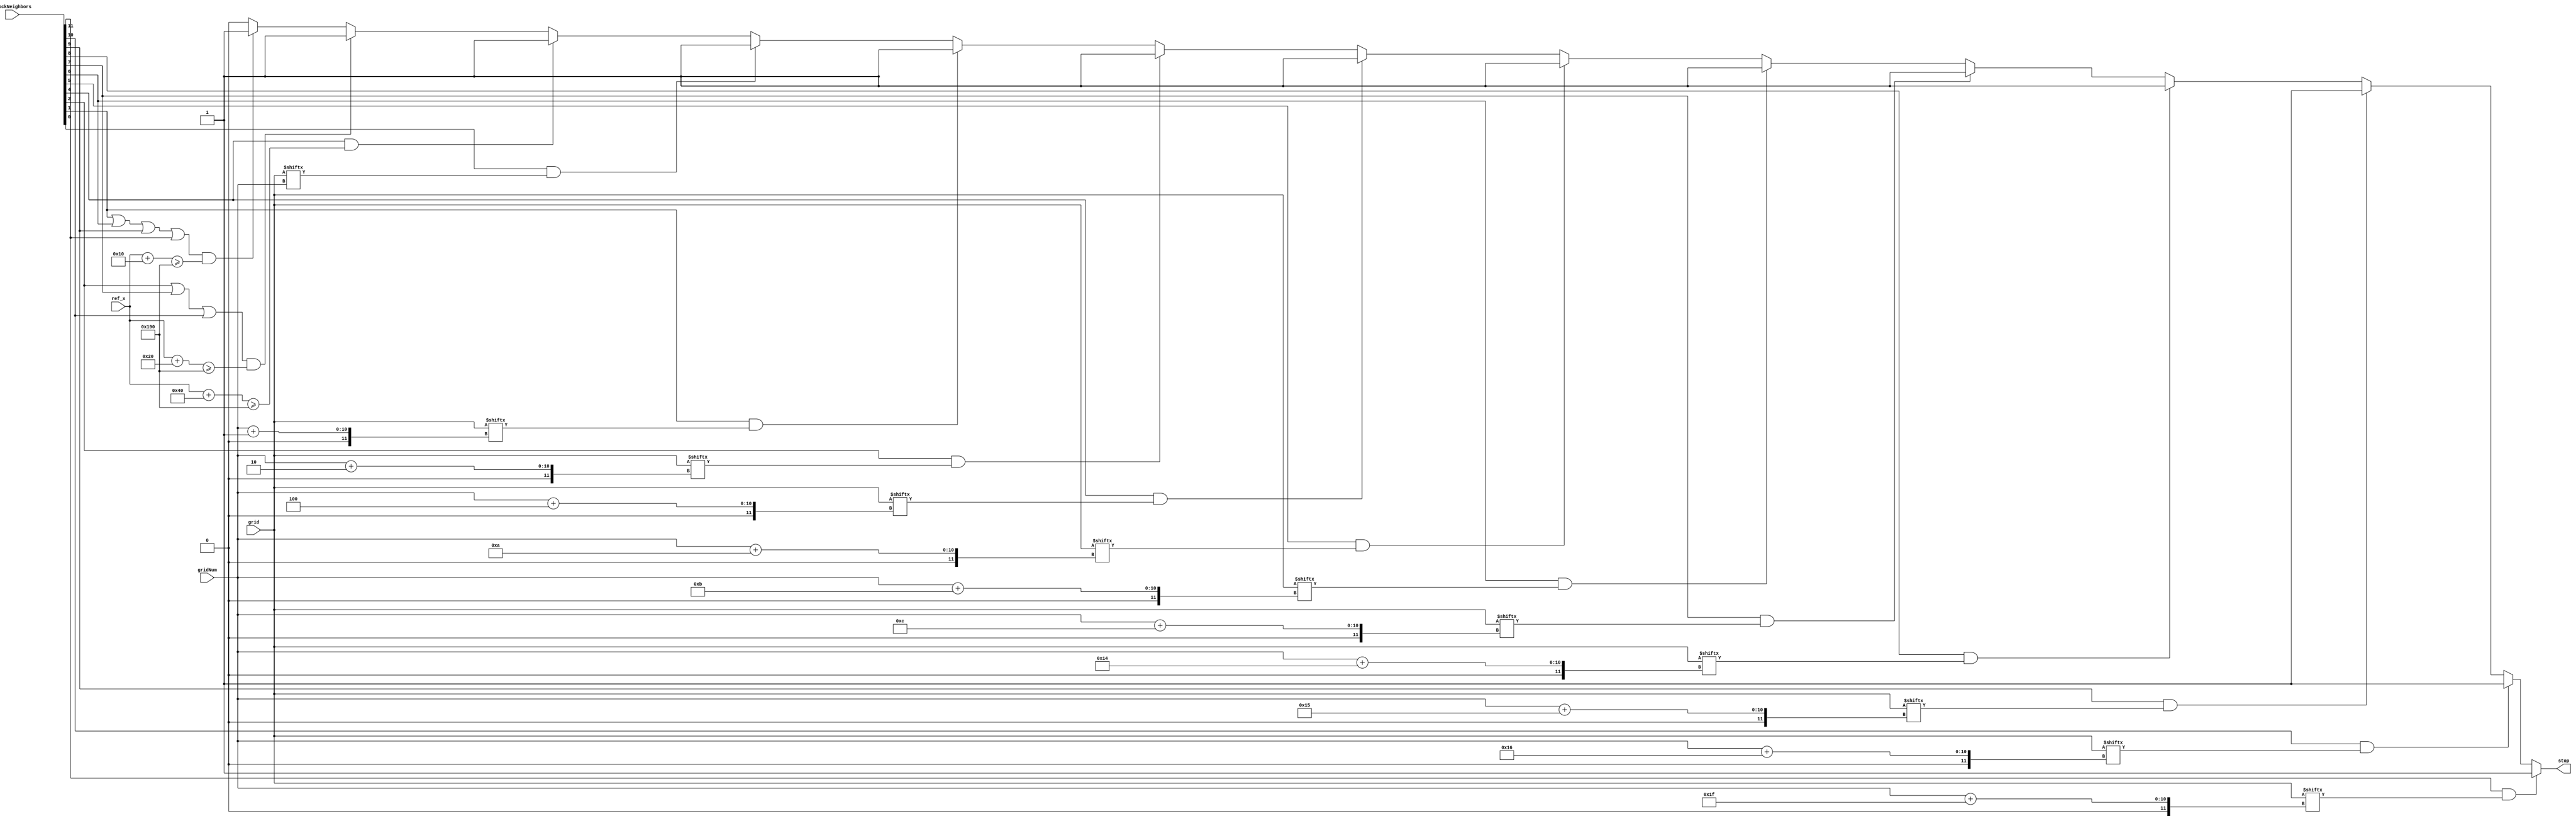
module stop_right(
    input  [11:0]  blockNeighbors,
    input  [9:0]   ref_x,
    input  [9:0]   gridNum,
    input  [299:0] grid,
    output reg stop
    );

    parameter size = 16;

    always@(*) begin
        if     (blockNeighbors[11] && grid[gridNum+31]) stop = 1;
        else if(blockNeighbors[10] && grid[gridNum+22]) stop = 1;
        else if(blockNeighbors[9]  && grid[gridNum+21]) stop = 1;
        else if(blockNeighbors[8]  && grid[gridNum+20]) stop = 1;
        else if(blockNeighbors[7]  && grid[gridNum+12]) stop = 1;
        else if(blockNeighbors[6]  && grid[gridNum+11]) stop = 1;
        else if(blockNeighbors[5]  && grid[gridNum+10]) stop = 1;
        else if(blockNeighbors[4]  && grid[gridNum+4] ) stop = 1;
        else if(blockNeighbors[2]  && grid[gridNum+2] ) stop = 1;
        else if(blockNeighbors[1]  && grid[gridNum+1] ) stop = 1;
        else if(blockNeighbors[0]  && grid[gridNum]   ) stop = 1;

        else if( blockNeighbors[4] && ref_x + 4*size >= 400) stop = 1;
        else if( (blockNeighbors[2] || blockNeighbors[7] || blockNeighbors[10])
            && ref_x + 2*size >= 400 ) stop = 1;
        else if( (blockNeighbors[1] || blockNeighbors[6] || blockNeighbors[9] || 
            blockNeighbors[11]) && ref_x + size >= 400 ) stop = 1;
        
        else stop = 0;
    end

endmodule